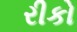
રીકો